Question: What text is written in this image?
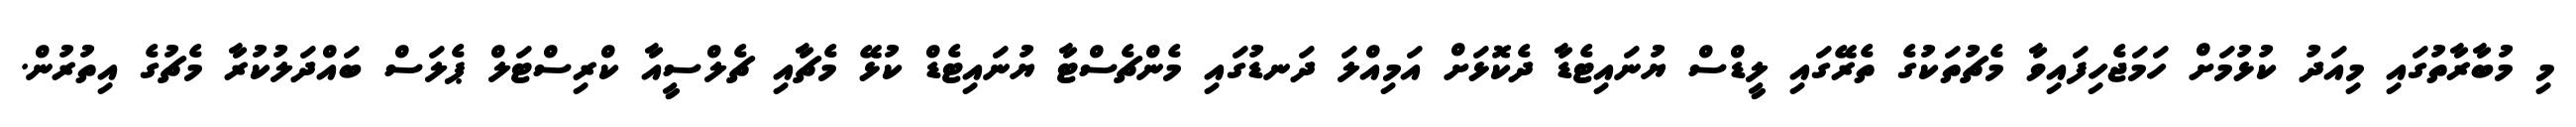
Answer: މި މުބާރާތުގައި މިއަދު ކުޅުމަށް ހަމަޖެހިފައިވާ މެޗުތަކުގެ ތެރޭގައި ލީޑްސް ޔުނައިޓެޑާ ދެކޮޅަށް އަމިއްލަ ދަނޑުގައި މެންޗެސްޓާ ޔުނައިޓެޑް ކުޅޭ މެޗާއި ޗެލްސީއާ ކްރިސްޓަލް ޕެލަސް ބައްދަލުކުރާ މެޗުގެ އިތުރުން.